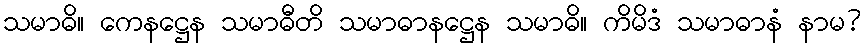
သမာဓိ။ ကေနဋ္ဌေန သမာဓီတိ သမာဓာနဋ္ဌေန သမာဓိ။ ကိမိဒံ သမာဓာနံ နာမ?